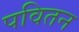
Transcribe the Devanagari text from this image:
पवितन